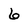
Character: 6